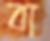
বা